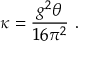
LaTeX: \kappa = { \frac { g ^ { 2 } \theta } { 1 6 \pi ^ { 2 } } } \ .